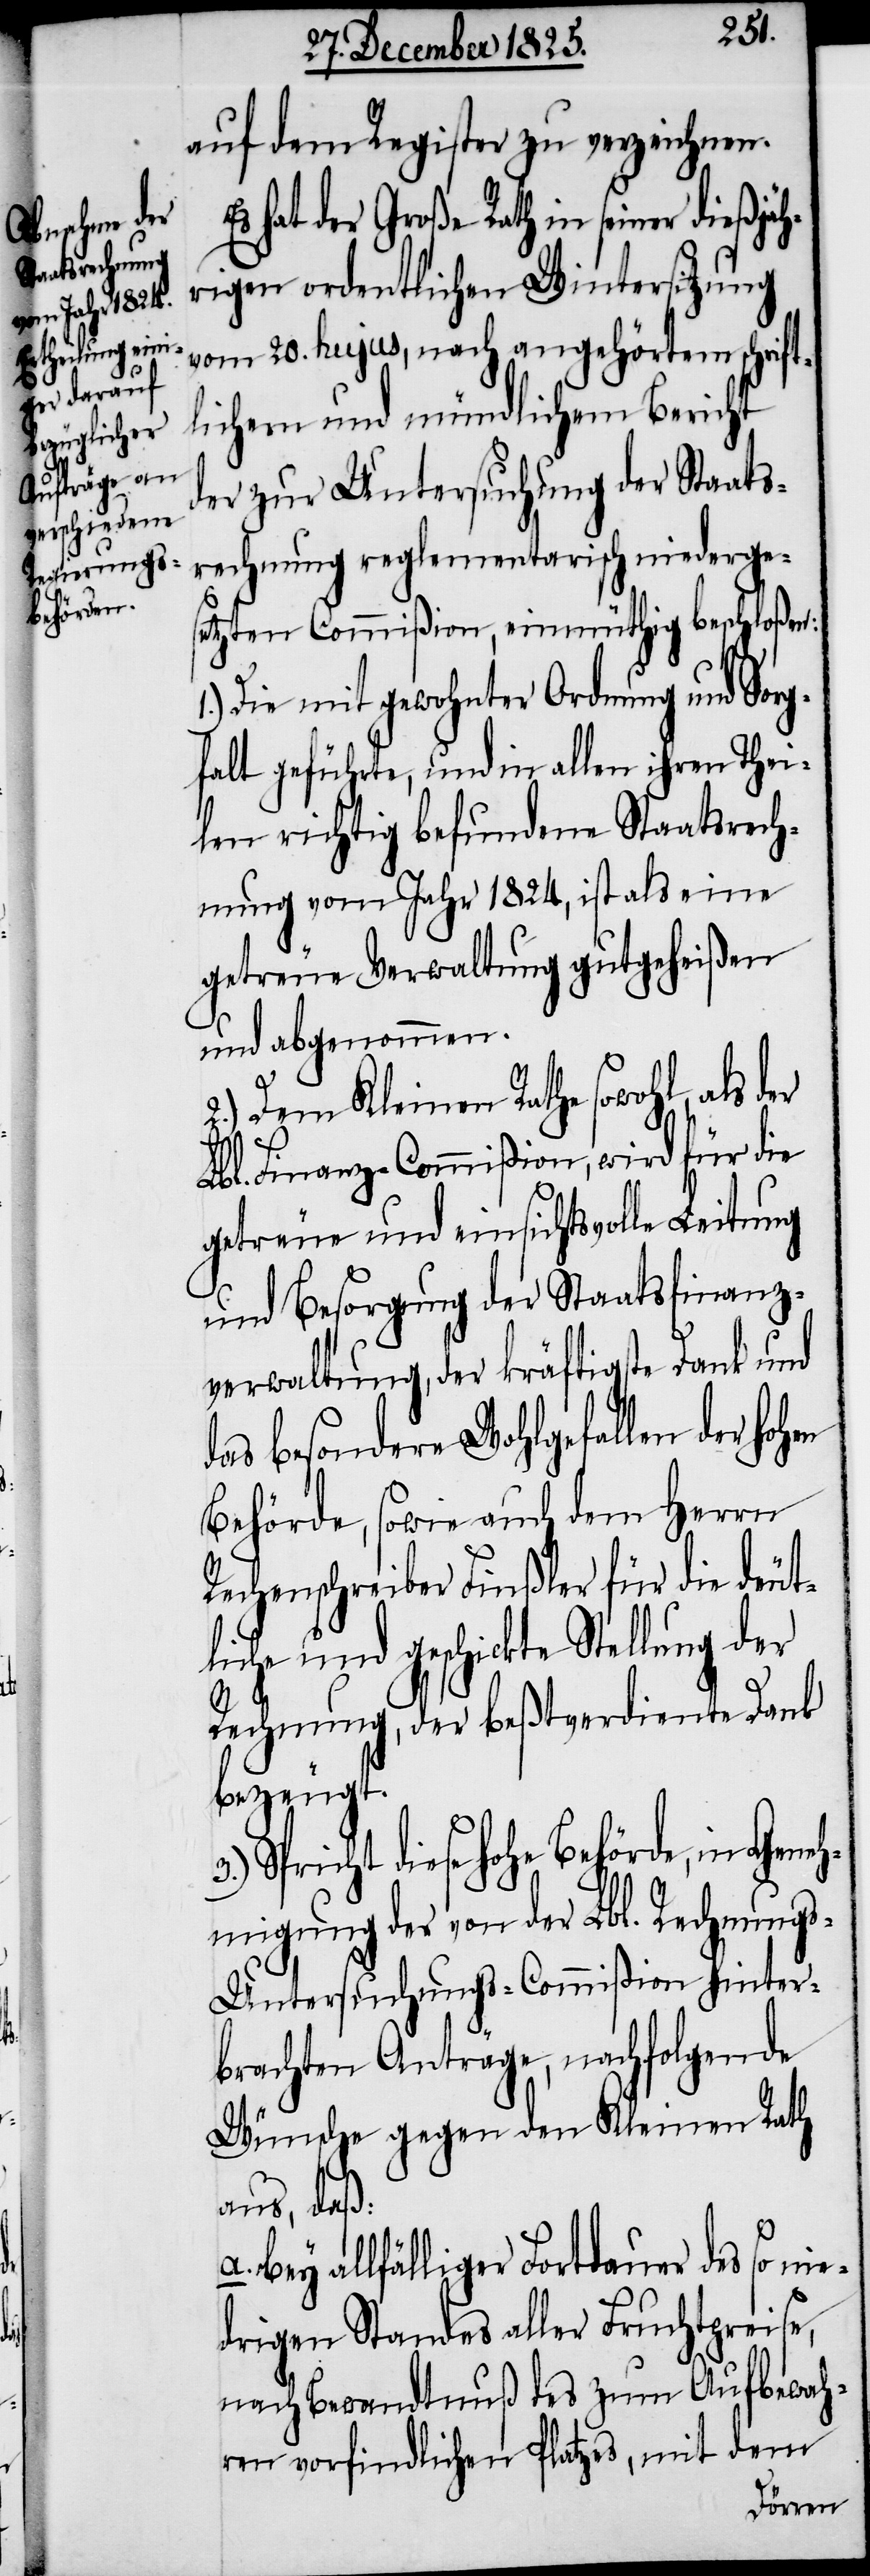
auf dem Register zu verzeichnen.
Es hat der Große Rath in seiner dießjäh¬
rigen ordentlichen Wintersitzung
vom 20. hujus, nach angehörtem schrift¬
lichen und mündlichem Bericht
der zur Untersuchung der Staats¬
rechnung reglementarisch niederge¬
setzten Commißion, einmüthig beschloßen:
1.) Die mit gewohnter Ordnung und Sorg¬
falt geführte, und in allen ihren Thei¬
len richtig befundene Staatsrech¬
nung vom Jahr 1824, ist als eine
getreue Verwaltung gutgeheißen
und abgenommen.
2.) Dem Kleinen Rathe sowohl, als
Lbl. Finanz-Commißion, wird für die
getreue und einsichtsvolle Leitung
und Besorgung der Staatsfinanz¬
verwaltung, der kräftigste Dank und
das besondere Wohlgefallen der hohen
Behörde, sowie auch dem Herrn
Rechenschreiber Finßler für die deut¬
liche und geschickte Stellung der
Rechnung, der beßtverdiente Dank
bezeugt.
Spricht dies hohe Behörde, in Gene¬
hmigung der von der Lbl. Rechnung¬
s-Untersuchungs-Commißion hinter¬
brachten Anträge, nachfolgende
Wünsche gegen den Kleinen Rath
aus, daß:
Bey allfälliger Fortdauer des so ni¬
edrigen Standes aller Fruchtpreise,
nach Bewandtnuß des zum Aufbewah¬
ren vorfindlichen Platzes, mit dem